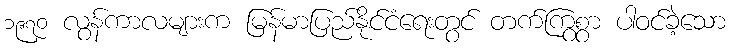
၁၉၇၀ လွန်ကာလများက မြန်မာပြည်နိုင်ငံရေးတွင် တက်ကြွစွာ ပါဝင်ခဲ့သော